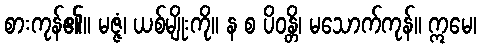
စားကုန်၏။ မဇ္ဇံ၊ ယစ်မျိုးကို။ န စ ပိဝန္တိ၊ မသောက်ကုန်။ ဣမေ၊